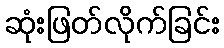
ဆုံးဖြတ်လိုက်ခြင်း